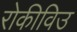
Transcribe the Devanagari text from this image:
रोकीविउ